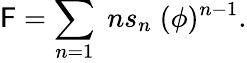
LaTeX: \mathsf{F}=\sum_{n=1}\; ns_{n}\; (\phi)^{n-1}.